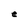
Character: e